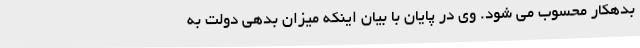
بدهکار محسوب می شود. وی در پایان با بیان اینکه میزان بدهی دولت به